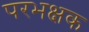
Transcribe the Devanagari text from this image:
परभक्षक